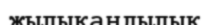
жылықандылық